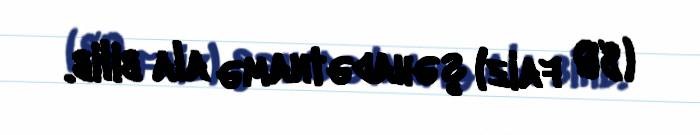
(80 faiz) şəhadətnamə ala bilib.